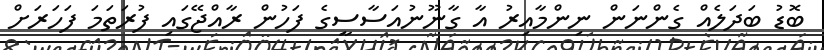
ބޮޑު ބަދަލެއް ގެންނަން ނިންމާއިރު އާ ގާނޫނުއަސާސީގެ ފަހުން ރާއްޖޭގައި ފުރަތަމަ ފަހަރަށް